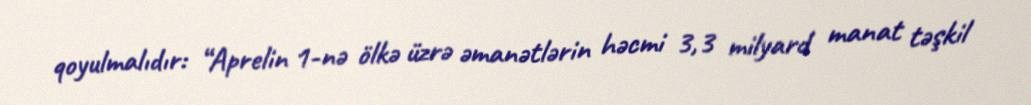
qoyulmalıdır: “Aprelin 1-nə ölkə üzrə əmanətlərin həcmi 3,3 milyard manat təşkil